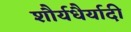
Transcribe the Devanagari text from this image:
शौर्यधैर्यादी